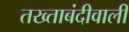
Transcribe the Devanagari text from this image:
तख्ताबंदीवाली